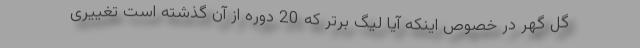
گل گهر در خصوص اینکه آیا لیگ برتر که 20 دوره از آن گذشته است تغییری